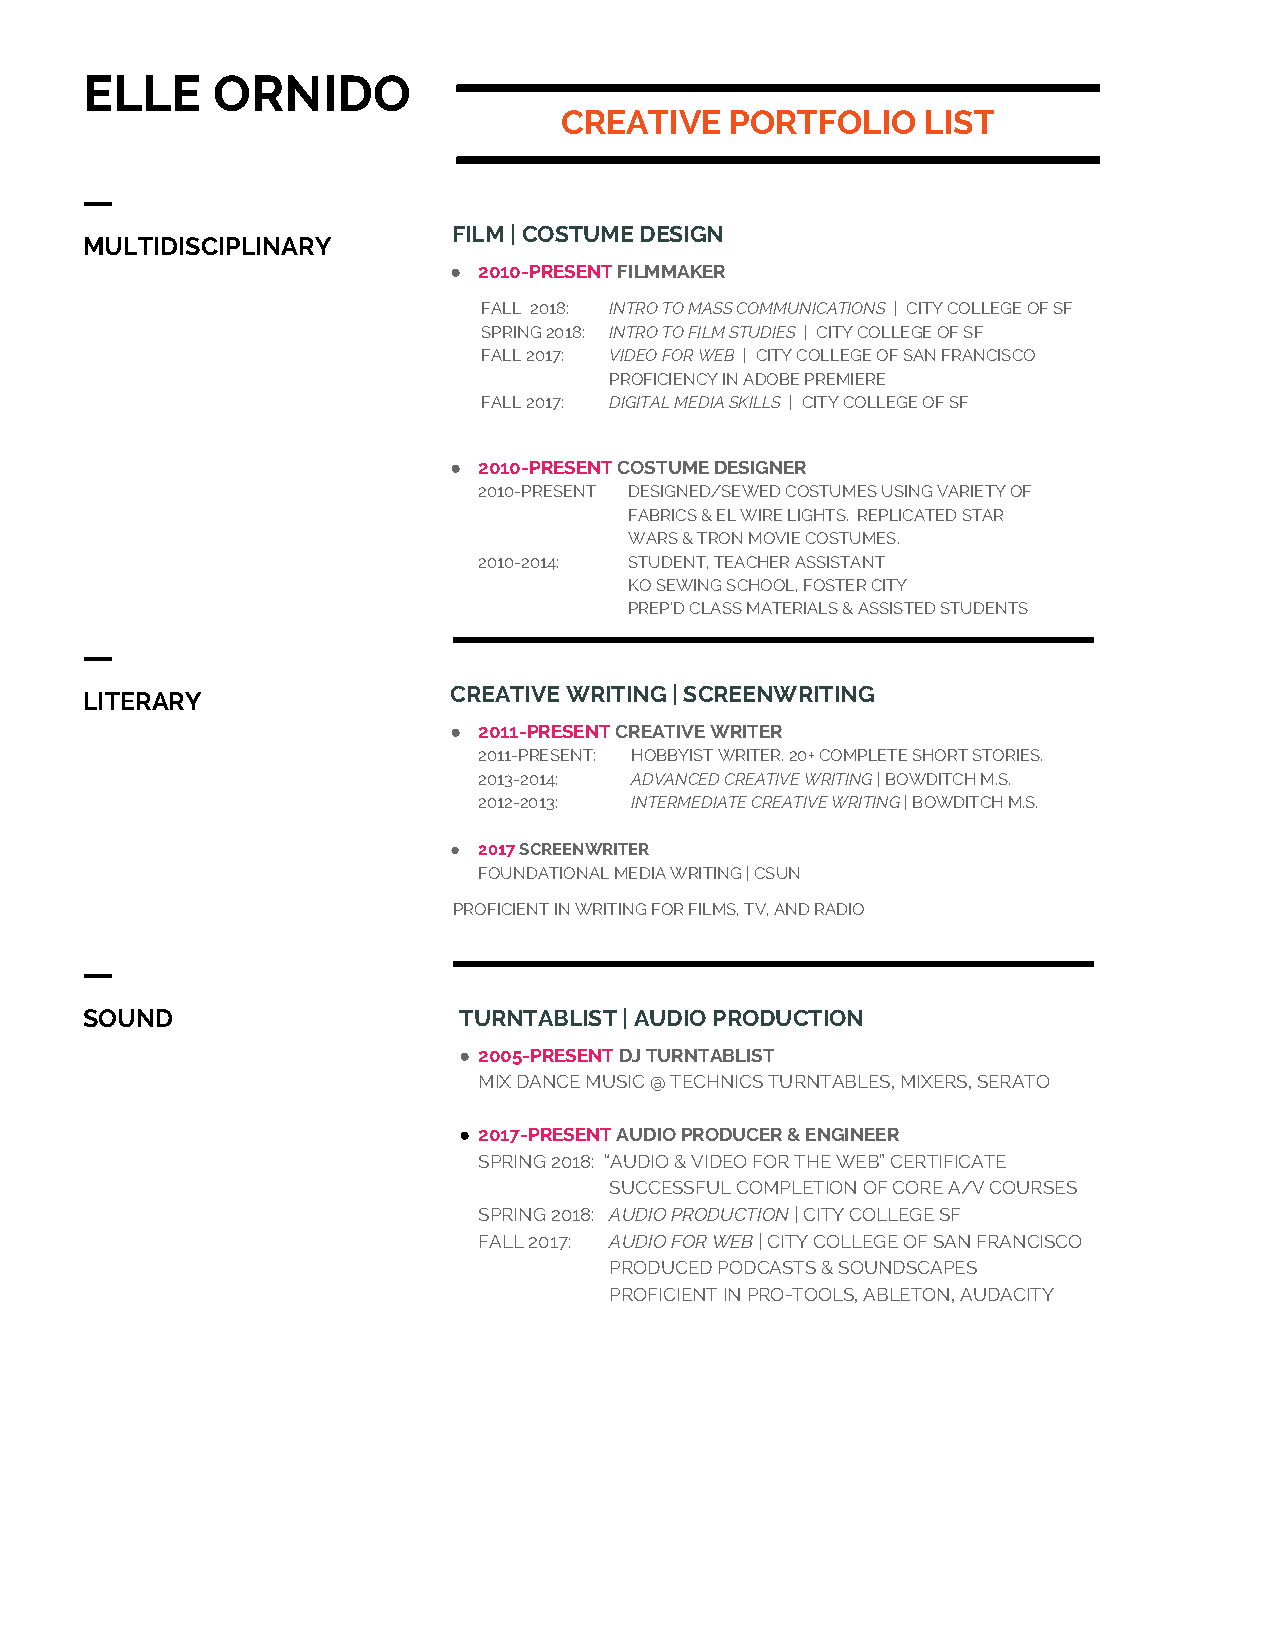
ELLE     ORNIDO
 CREATIVE   PORTFOLIO    LIST
 ㅡ
 FILM | COSTUME DESIGN
 MULTIDISCIPLINARY
 ● 2010-PRESENT FILMMAKER
 ​
 FALL 2018: INTRO TO MASS COMMUNICATIONS | CITY COLLEGE OF SF
 ​
 SPRING 2018: INTRO TO FILM STUDIES | CITY COLLEGE OF SF
 ​
 FALL 2017: VIDEO FOR WEB
 ​
 | CITY COLLEGE OF SAN FRANCISCO
 PROFICIENCY IN ADOBE PREMIERE
 FALL 2017: DIGITAL MEDIA SKILLS | CITY COLLEGE OF SF
 ​
 ● 2010-PRESENT
 ​
 COSTUME DESIGNER
 2010-PRESENT DESIGNED/SEWED COSTUMES USING VARIETY OF
 FABRICS & EL WIRE LIGHTS. REPLICATED STAR
 WARS & TRON MOVIE COSTUMES.
 2010-2014: STUDENT, TEACHER ASSISTANT
 KO SEWING SCHOOL, FOSTER CITY
 PREP’D CLASS MATERIALS & ASSISTED STUDENTS
 ㅡ
 LITERARY                 CREATIVE WRITING | SCREENWRITING
 ● 2011-PRESENT CREATIVE WRITER
 ​
 2011-PRESENT: HOBBYIST WRITER. 20+ COMPLETE SHORT STORIES.
 2013-2014: ADVANCED CREATIVE WRITING | BOWDITCH M.S.
 ​
 2012-2013: INTERMEDIATE CREATIVE WRITING | BOWDITCH M.S.
 ​
 ● 2017 SCREENWRITER
 ​
 FOUNDATIONAL MEDIA WRITING | CSUN
 PROFICIENT IN WRITING FOR FILMS, TV, AND RADIO
 ㅡ
 SOUND                    TURNTABLIST | AUDIO PRODUCTION
 ● 2005-PRESENT DJ TURNTABLIST
 ​
 MIX DANCE MUSIC @ TECHNICS TURNTABLES, MIXERS, SERATO
 ● 2017-PRESENT AUDIO PRODUCER & ENGINEER
 ​
 SPRING 2018: “AUDIO & VIDEO FOR THE WEB” CERTIFICATE
 SUCCESSFUL COMPLETION OF CORE A/V COURSES
 SPRING 2018: AUDIO PRODUCTION | CITY COLLEGE SF
 ​
 FALL 2017: AUDIO FOR WEB | CITY COLLEGE OF SAN FRANCISCO
 ​
 PRODUCED PODCASTS & SOUNDSCAPES
 PROFICIENT IN PRO-TOOLS, ABLETON, AUDACITY